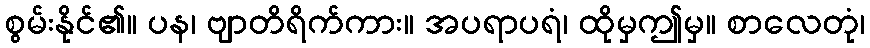
စွမ်းနိုင်၏။ ပန၊ ဗျာတိရိက်ကား။ အပရာပရံ၊ ထိုမှဤမှ။ စာလေတုံ၊